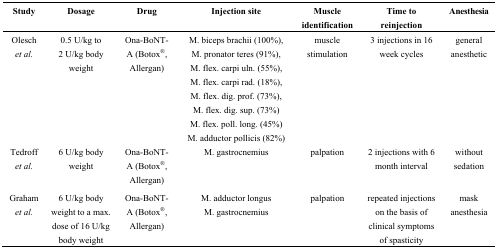
<table><thead><tr><td><b>Study</b></td><td><b>Dosage</b></td><td><b>Drug</b></td><td><b>Injection site</b></td><td><b>Muscle identification</b></td><td><b>Time to reinjection</b></td><td><b>Anesthesia</b></td></tr></thead><tbody><tr><td>Olesch <i>et al.</i></td><td>0.5 U/kg to 2 U/kg body weight</td><td>Ona-BoNT-A (Botox<sup>®</sup>, Allergan)</td><td>M. biceps brachii (100%), M. pronator teres (91%), M. flex. carpi uln. (55%), M. flex. carpi rad. (18%), M. flex. dig. prof. (73%), M. flex. dig. sup. (73%) M. flex. poll. long. (45%) M. adductor pollicis (82%)</td><td>muscle stimulation</td><td>3 injections in 16 week cycles</td><td>general anesthetic</td></tr><tr><td>Tedroff <i>et al.</i></td><td>6 U/kg body weight</td><td>Ona-BoNT-A (Botox<sup>®</sup>, Allergan)</td><td>M. gastrocnemius </td><td>palpation </td><td>2 injections with 6 month interval</td><td>without sedation</td></tr><tr><td>Graham <i>et al.</i></td><td>6 U/kg body weight to a max. dose of 16 U/kg body weight</td><td>Ona-BoNT-A (Botox<sup>®</sup>, Allergan)</td><td>M. adductor longus M. gastrocnemius</td><td>palpation</td><td>repeated injections on the basis of clinical symptoms of spasticity</td><td>mask anesthesia</td></tr></tbody></table>